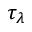
\tau _ { \lambda }